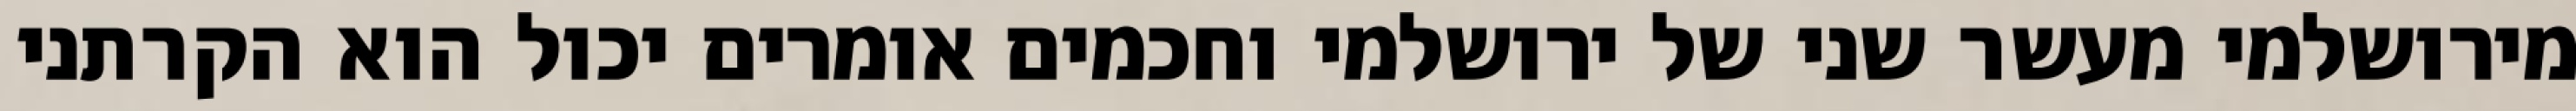
מירושלמי מעשר שני של ירושלמי וחכמים אומרים יכול הוא הקרתני